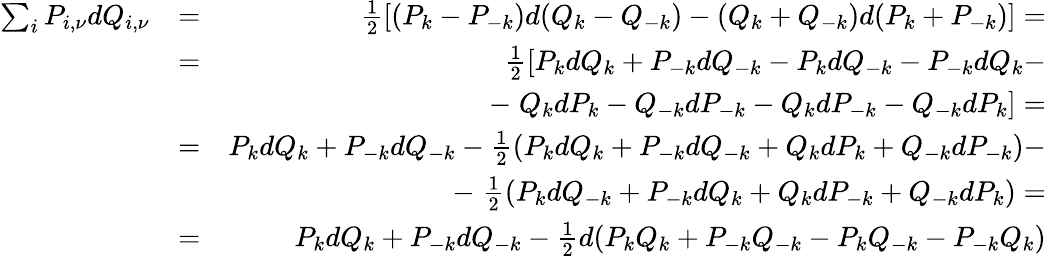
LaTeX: \begin{array}{rlr}{\sum_{i}P_{i,\nu}dQ_{i,\nu}}&{=}&{\frac{1}{2}\left[(P_{k}-P_{-k})d(Q_{k}-Q_{-k})-(Q_{k}+Q_{-k})d(P_{k}+P_{-k})\right]=}\\ &{=}&{\frac{1}{2}[P_{k}dQ_{k}+P_{-k}dQ_{-k}-P_{k}dQ_{-k}-P_{-k}dQ_{k}-}\\ &{}&{-\; Q_{k}dP_{k}-Q_{-k}dP_{-k}-Q_{k}dP_{-k}-Q_{-k}dP_{k}]=}\\ &{=}&{P_{k}dQ_{k}+P_{-k}dQ_{-k}-\frac{1}{2}(P_{k}dQ_{k}+P_{-k}dQ_{-k}+Q_{k}dP_{k}+Q_{-k}dP_{-k})-}\\ &{}&{-\; \frac{1}{2}(P_{k}dQ_{-k}+P_{-k}dQ_{k}+Q_{k}dP_{-k}+Q_{-k}dP_{k})=}\\ &{=}&{P_{k}dQ_{k}+P_{-k}dQ_{-k}-\frac{1}{2}d(P_{k}Q_{k}+P_{-k}Q_{-k}-P_{k}Q_{-k}-P_{-k}Q_{k})}\end{array}